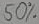
Text: 50%